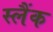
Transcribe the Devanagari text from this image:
स्लैंक